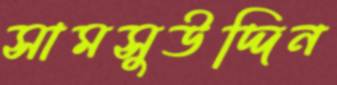
সামসুউদ্দিন